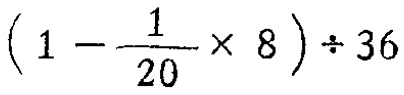
\((1 - \frac{1}{20} \times 8) \div 36\)